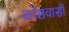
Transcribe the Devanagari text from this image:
कोष्ठवासी